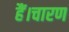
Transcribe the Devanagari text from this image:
हैं।चारण